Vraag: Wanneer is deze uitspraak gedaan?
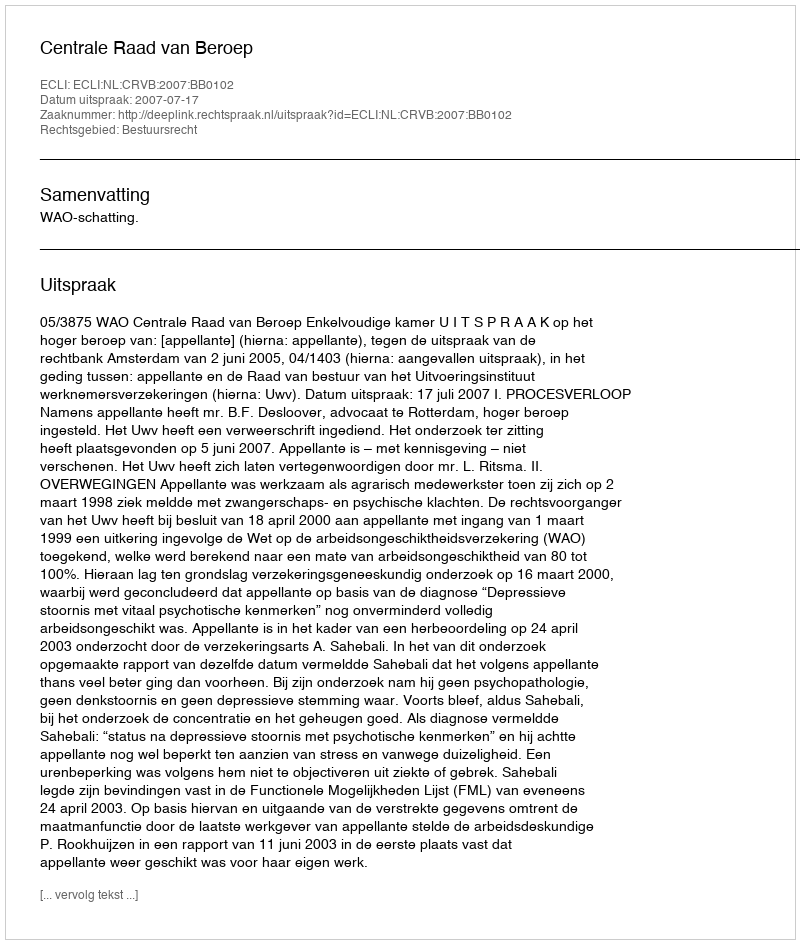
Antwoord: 2007-07-17